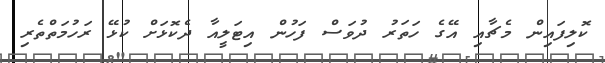
ކޮލިފައިން މެޗާއި އޭގެ ހަތަރު ދުވަސް ފަހުން އިޓަލީއާ ދެކޮޅަށް ކުޅޭ ރަހުމަތްތެރި